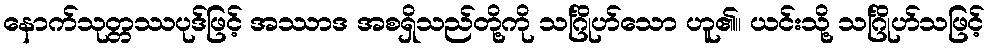
နောက်သုတ္တဿပုဒ်ဖြင့် အဿာဒ အစရှိသည်တို့ကို သင်္ဂြိုဟ်သော ဟူ၏။ ယင်းသို့ သင်္ဂြိုဟ်သဖြင့်